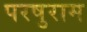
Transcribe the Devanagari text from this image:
परषुराम